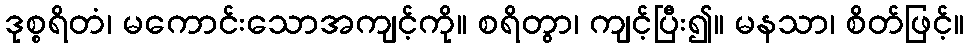
ဒုစ္စရိတံ၊ မကောင်းသောအကျင့်ကို။ စရိတွာ၊ ကျင့်ပြီး၍။ မနသာ၊ စိတ်ဖြင့်။